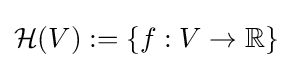
{\mathcal {H}}(V):=\{f:V\rightarrow \mathbb {R} \}